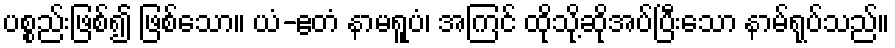
ပစ္စည်းဖြစ်၍ ဖြစ်သော။ ယံ-ဧတံ နာမရူပံ၊ အကြင် ထိုသို့ဆိုအပ်ပြီးသော နာမ်ရုပ်သည်။